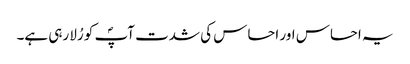
یہ احساس اور احساس کی شدت آپؐ کو رُلا رہی ہے۔